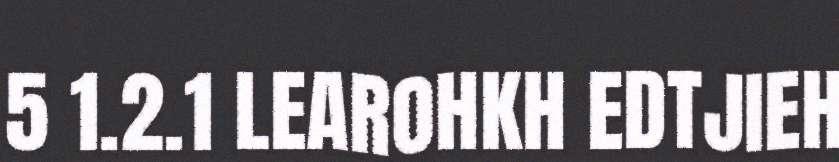
5 1.2.1 LEAROHKH EDTJIEH